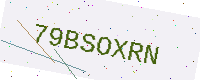
Text: 79BSOXRN